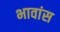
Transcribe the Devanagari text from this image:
भावांस